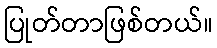
ပြုတ်တာဖြစ်တယ်။